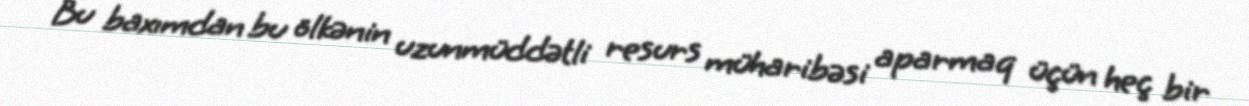
Bu baxımdan bu ölkənin uzunmüddətli resurs müharibəsi aparmaq üçün heç bir